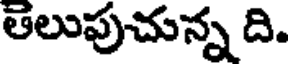
తెలుపుచున్న ది.